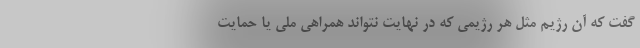
گفت كه آن رژيم مثل هر رژيمي كه در نهايت نتواند همراهي ملي يا حمايت